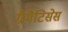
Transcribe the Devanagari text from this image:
ग्रैमैटिसेस